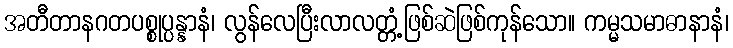
အတီတာနဂတပစ္စုပ္ပန္နာနံ၊ လွန်လေပြီးလာလတ္တံ့ဖြစ်ဆဲဖြစ်ကုန်သော။ ကမ္မသမာဓာနာနံ၊